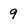
Character: 9